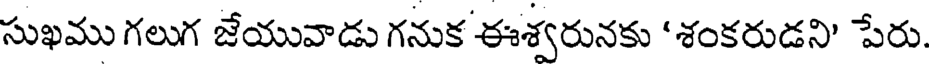
సుఖము గలుగ జేయువాడు గనుక ఈశ్వరునకు 'శంకరుడని' పేరు.